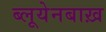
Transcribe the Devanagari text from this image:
ब्लूयेनबाख़